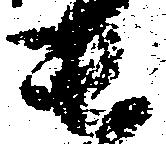
貴